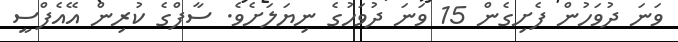
ވަނަ ދުވަހުން ފެށިގެން 15 ވަނަ ދުވަހުގެ ނިޔަލަށެވެ. ސާފްގެ ކުރިން އޭއެފްސީ